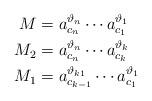
LaTeX: \begin{align*} M&=a^{\vartheta_n}_{c_n}\cdots a^{\vartheta_1}_{c_1}\\ M_2&=a^{\vartheta_n}_{c_n}\cdots a^{\vartheta_k}_{c_k}\\ M_1&=a^{\vartheta_{k 1}}_{c_{k-1}}\cdots a^{\vartheta_1}_{c_1} \end{align*}